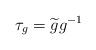
LaTeX: \begin{align*}\tau_g = \widetilde g g^{-1}\end{align*}